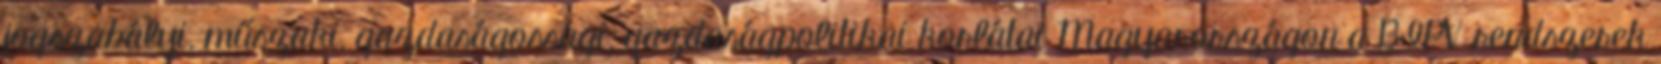
jogszabályi, műszaki, gazdaságossági, gazdaságpolitikai korlátai Magyarországon a BIPV rendszerek